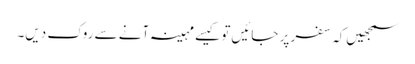
سمجھیں‌کہ سفر پر جائیں‌تو کیسے مہینہ آنے سے روک دیں۔